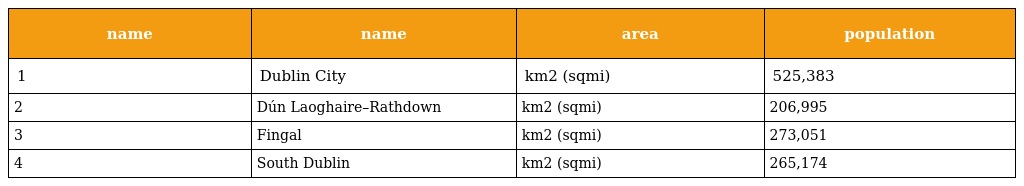
| name | name | area | population |
 | --- | --- | --- | --- |
 | 1 | Dublin City | km2 (sqmi) | 525,383 |
 | 2 | Dún Laoghaire–Rathdown | km2 (sqmi) | 206,995 |
 | 3 | Fingal | km2 (sqmi) | 273,051 |
 | 4 | South Dublin | km2 (sqmi) | 265,174 |